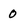
Character: 0